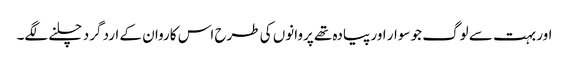
اور بہت سے لوگ جو سوار اور پیادہ تھے پروانوں کی طرح اس کاروان کے ارد گرد چلنے لگے۔